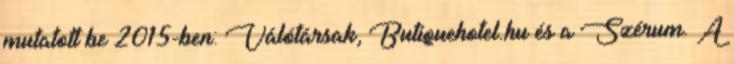
mutatott be 2015-ben: Válótársak, Butiquehotel.hu és a Szérum. A